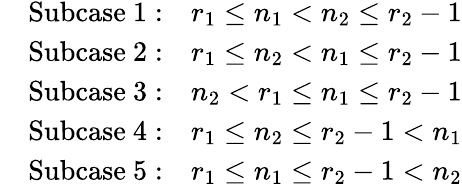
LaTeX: \begin{array}{rl}&{\mathrm{Subcase~1:}\quad r_{1}\leq n_{1}<n_{2}\leq r_{2}-1}\\ &{\mathrm{Subcase~2:}\quad r_{1}\leq n_{2}<n_{1}\leq r_{2}-1}\\ &{\mathrm{Subcase~3:}\quad n_{2}<r_{1}\leq n_{1}\leq r_{2}-1}\\ &{\mathrm{Subcase~4:}\quad r_{1}\leq n_{2}\leq r_{2}-1<n_{1}}\\ &{\mathrm{Subcase~5:}\quad r_{1}\leq n_{1}\leq r_{2}-1<n_{2}}\end{array}